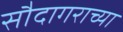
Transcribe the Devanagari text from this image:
सौदागराच्या